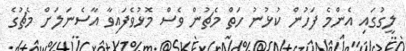
ލީގުގައި އެންމެ ފަހުން ކުޅުނު ހަތް މެޗުން ވެސް މޮޅުވެފައިވާ އާސެނަލަށް މެޗުގެ